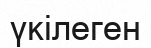
үкілеген